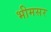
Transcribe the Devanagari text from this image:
भीमसर